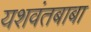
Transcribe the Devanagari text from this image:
यशवंतबाबा